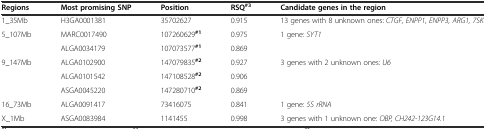
| Regions | Most promising SNP | Position | RSQ#3 | Candidate genes in the region |
 | --- | --- | --- | --- | --- |
 | 1_35Mb | H3GA0001381 | 35702627 | 0.915 | 13 genes with 8 unknown ones: CTGF, ENPP1, ENPP3, ARG1, 7SK |
 | <ROWSPAN=2> 5_107Mb | MARC0017490 | 107260629#1 | 0.975 | <ROWSPAN=2> 1 gene: SYT1 |
 | ALGA0034179 | 107073577#1 | 0.869 |
 | <ROWSPAN=3> 9_147Mb | ALGA0102900 | 147079835#2 | 0.927 | <ROWSPAN=3> 3 genes with 2 unknown ones: U6 |
 | ALGA0101542 | 147108528#2 | 0.906 |
 | ASGA0045220 | 147280710#2 | 0.869 |
 | 16_73Mb | ALGA0091417 | 73416075 | 0.841 | 1 gene: 5S rRNA |
 | X_1Mb | ASGA0083984 | 1141455 | 0.998 | 3 genes with 1 unknown one: OBP, CH242-123G14.1 |